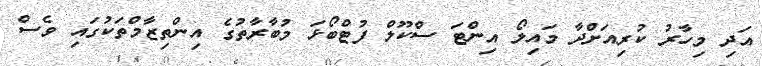
އަދި މިހާރު ކުރިއަށްދާ މައިލޯ އިންޓަ ސްކޫލް ފުޓްބޯޅަ މުބާރާތުގެ އިންތިޒާމްތަކުގައި ވެސް